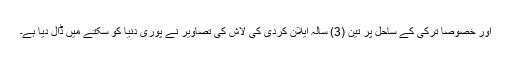
اور خصوصاً ترکی کے ساحل پر تین (3) سالہ ایلان کردی کی لاش کی تصاویر نے پوری دنیا کو سکتے میں ڈال دیا ہے۔